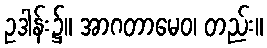
ဥဒါန်း၌။ အာဂတာမေဝ၊ တည်း။